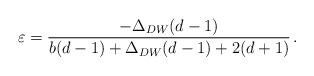
LaTeX: \begin{align*}\varepsilon={-\Delta_{DW}(d-1) \over b (d-1) + \Delta_{DW} (d-1) + 2 (d+1)}\, .\end{align*}